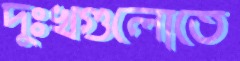
দুঃখগুলোতে